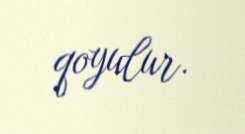
qoyulur.